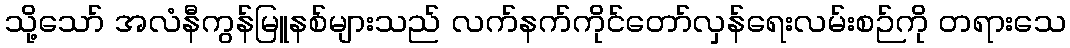
သို့သော် အလံနီကွန်မြူနစ်များသည် လက်နက်ကိုင်တော်လှန်ရေးလမ်းစဉ်ကို တရားသေ